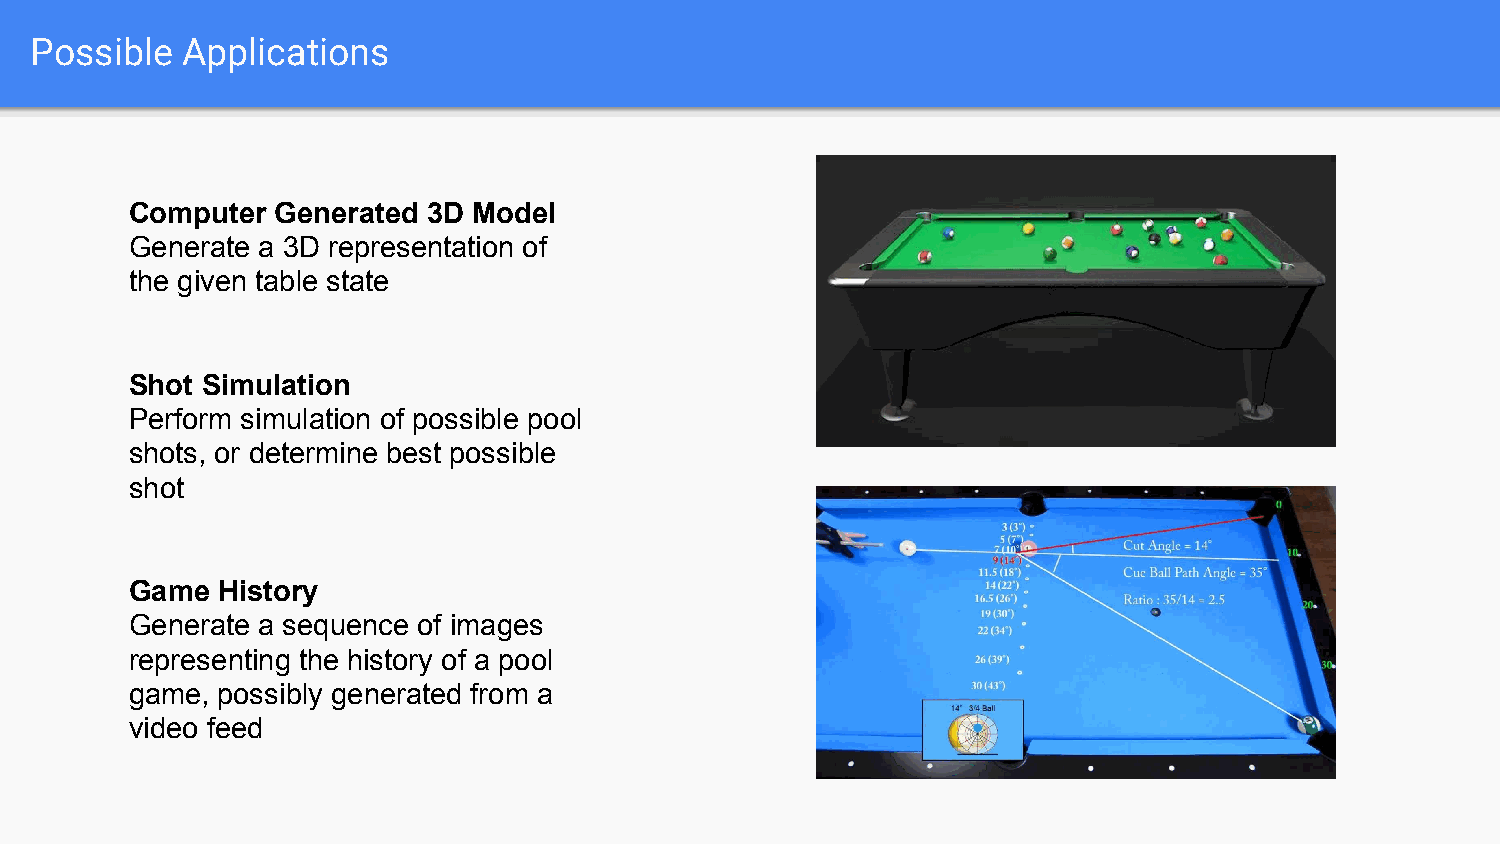
Possible  Applications
 Computer Generated 3D Model
 Generate a 3D representation of
 the given table state
 Shot Simulation
 Perform simulation of possible pool
 shots, or determine best possible
 shot
 Game History
 Generate a sequence of images
 representing the history of a pool
 game, possibly generated from a
 video feed